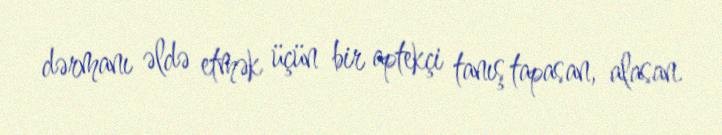
dərmanı əldə etmək üçün bir aptekçi tanış tapasan, alasan.